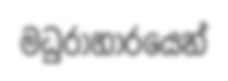
මධුරාහාරයෙන්